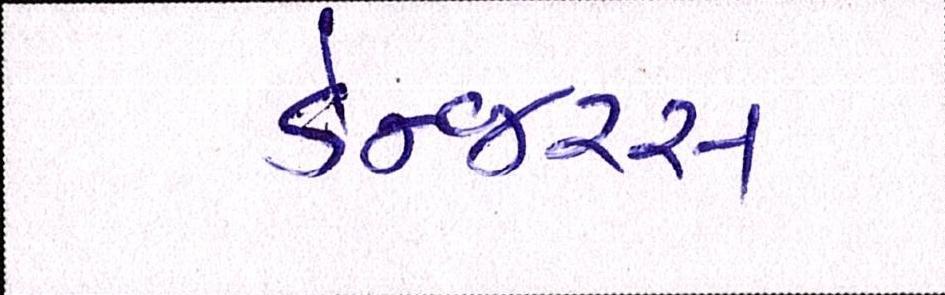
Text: ડેન્જરસ